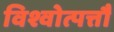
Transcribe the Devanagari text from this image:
विश्वोत्पत्तौ